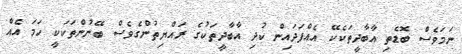
ނަމަވެސް ބޮޑެތި އާބާދީތަކެކޭ އެއްފަދައިން ކުދި އާބާދީތަކުގެ ރައްޔިތުންގެވެސް ބޭނުންތަކަކީ ހަމަ އެއް